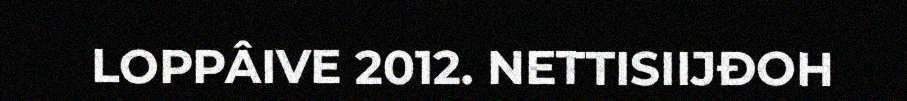
LOPPÂIVE 2012. NETTISIIJĐOH